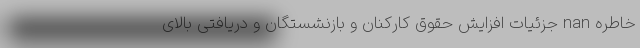
خاطره nan جزئیات افزایش حقوق کارکنان و بازنشستگان و دریافتی بالای